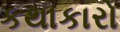
કથાકારો